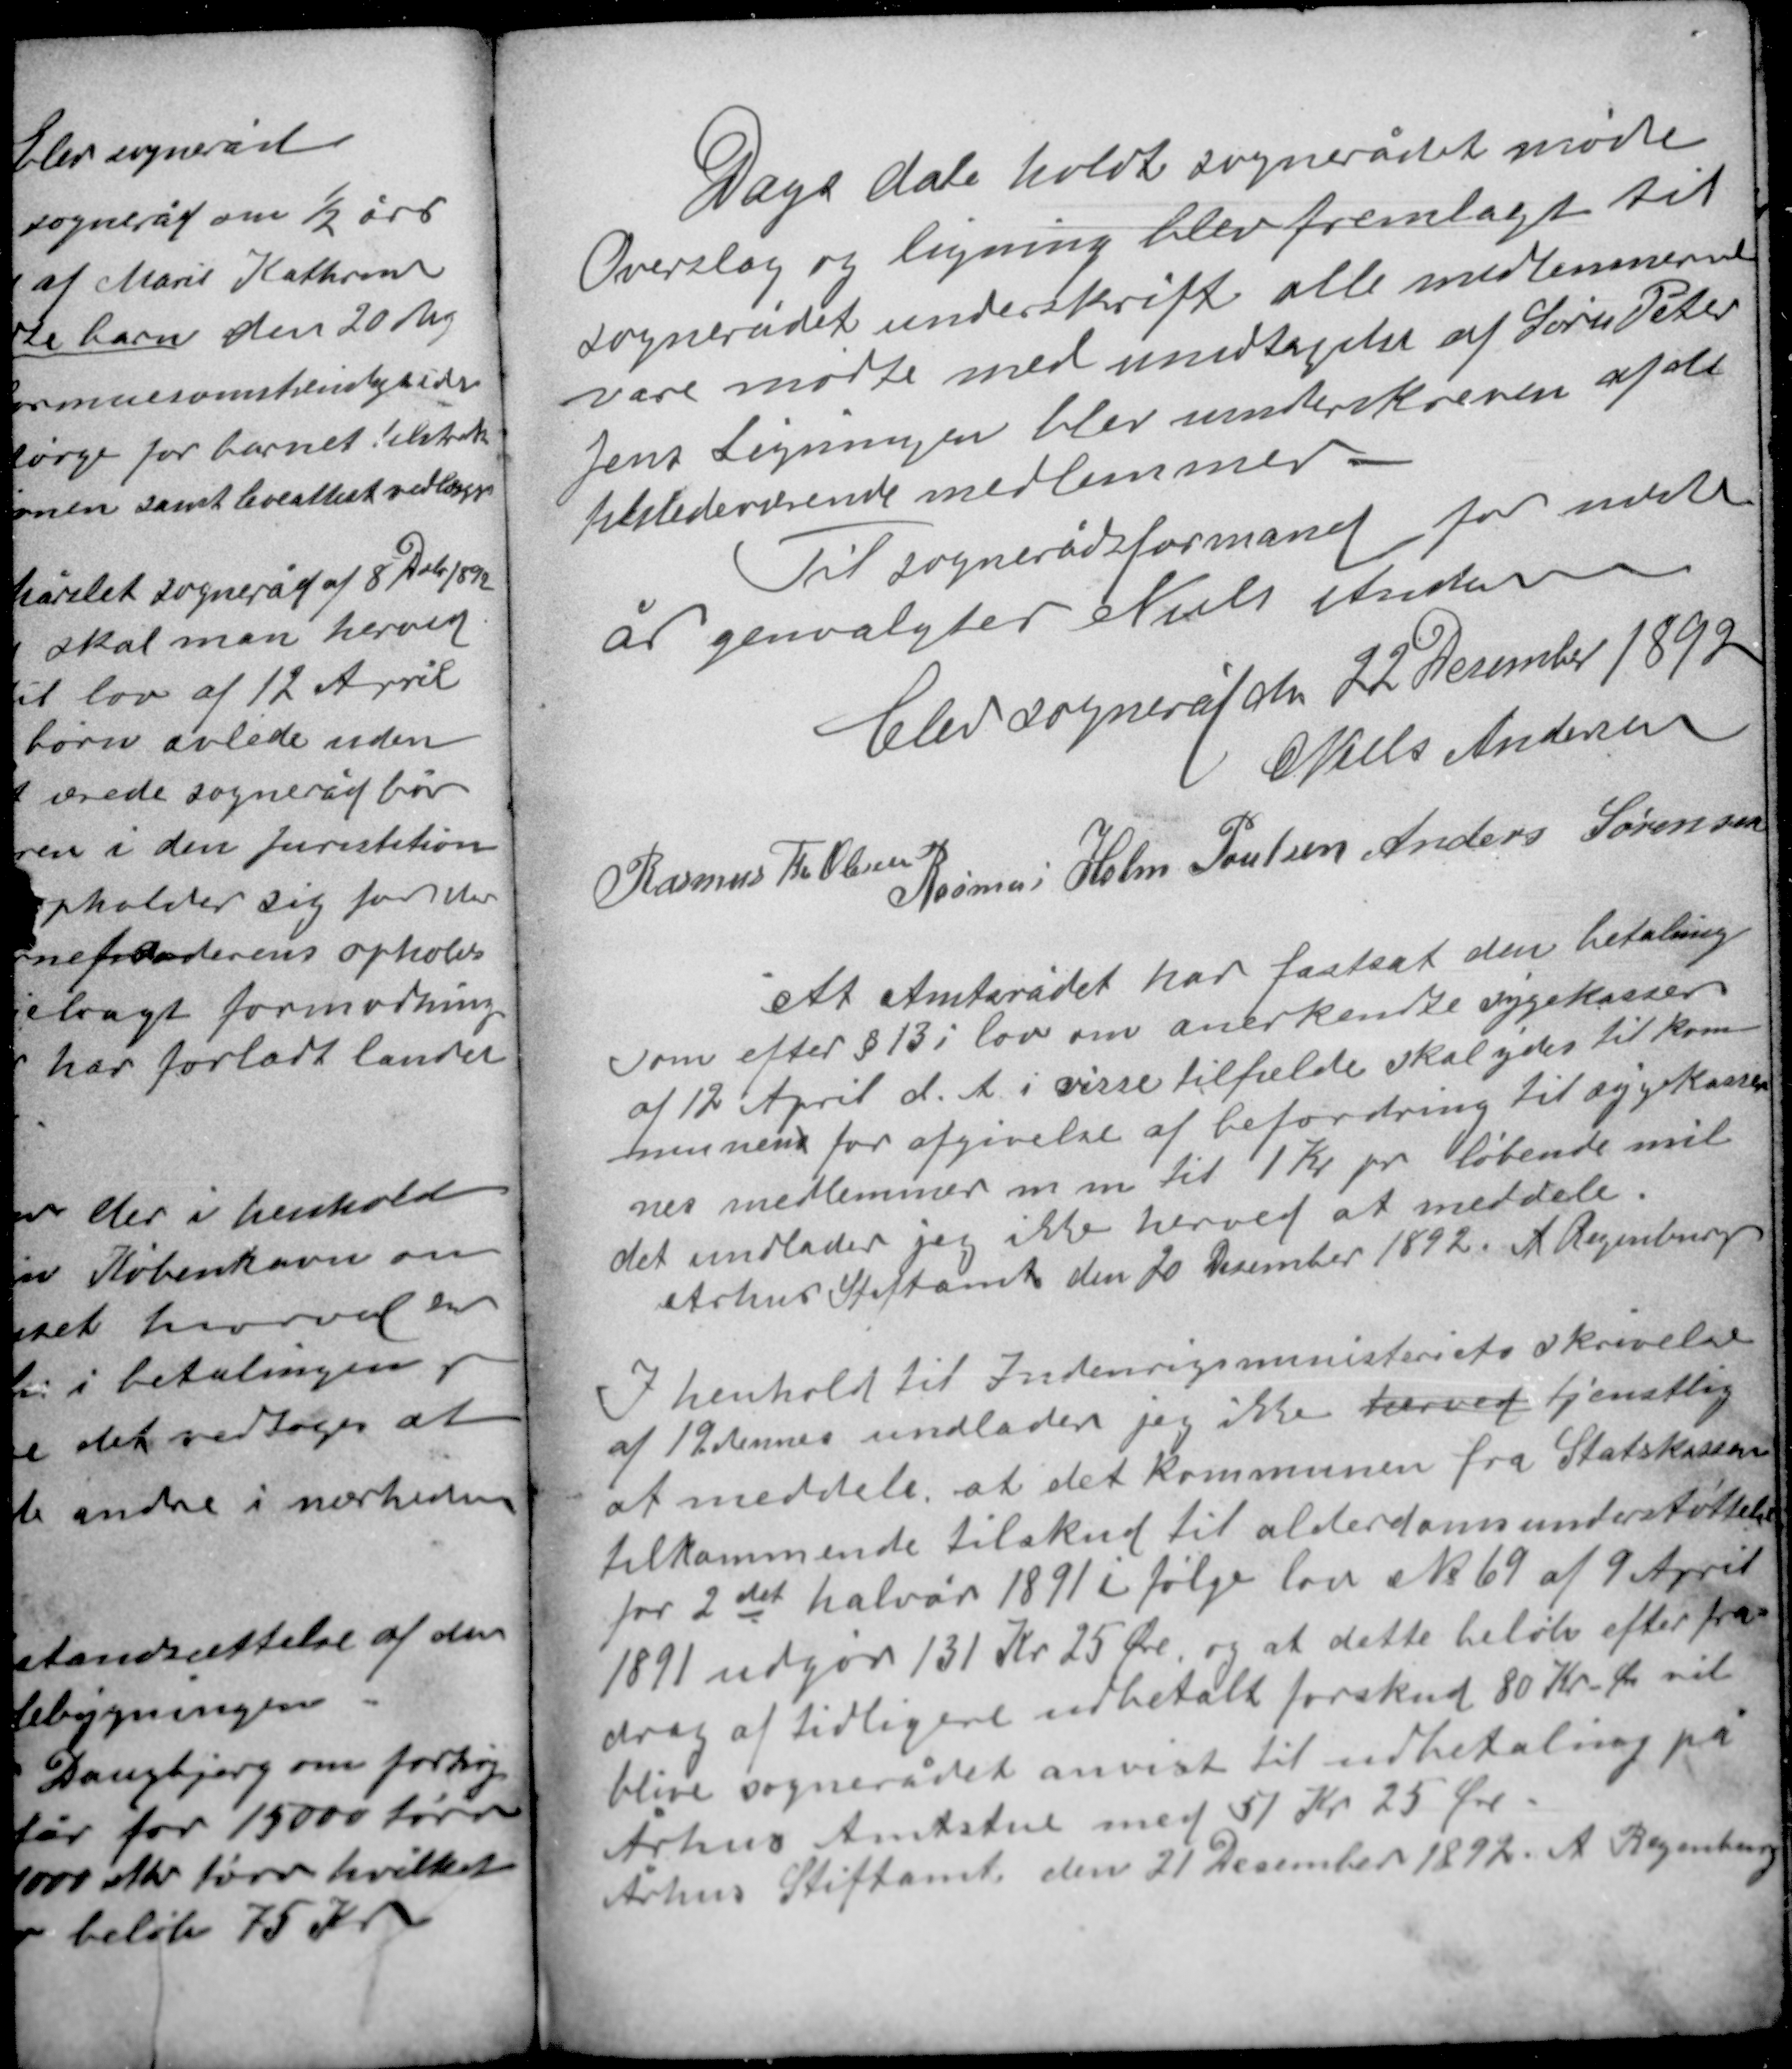
Transskription:
Dags dato holdt sognerådet møde
Overslag og ligning blev fremlagt til
sognerådets underskrift alle medlemmerne
vare mødte med undtagelse af Søren Peter
Jens Ligningen blev underskreven af de
tilstedeværende medlemmer.

Til sognerådsformand for næste
år genvangtes Niels Andersen
Elev sogneråd den 22 December 1892
Niels Andersen
Rasmus Holm Poulsen Anders Sørensen
Rasmus Th. Olesen

At Amtsrådet har fastsat den betaling
som efter § 13 i lov om anerkendte sygekasser
af 12 April d. A. i visse tilfælde skal ydes til kom-
munens for afgivelse af befordring til sygekasser-
nes medlemmer m.m. til 1 Kr pr løbende mil
det undlader jeg ikke herved at meddele.
Århus Stiftamt den 20 December 1892. A Regenburg

I henhold til Indenrigsministeriets skrivelse
af 12 dennes undlader jeg ikke herved tjenstlig
at meddele at det kommunen fra Statskassen
tilkommende tilskud til alderdomsunderstøttelse
for 2det halvår 1891 i følge lov No 69 af 9 April
1891 udgør 131 Kr 25 Øre og at dette beløb efter fra-
drag af tidligere udbetalt forskud 80 Kr Øre vil
blive sognerådet anvist til udbetaling på
Århus Amtstue med 51 Kr 25 Øre.
Århus Stiftamt den 21 December 1892. A. Regenburg